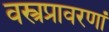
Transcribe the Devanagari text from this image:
वस्त्रप्रावरणां